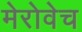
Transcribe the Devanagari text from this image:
मेरोवेच